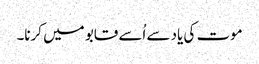
موت کی یاد سے اُسے قابو میں کرنا۔